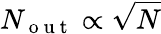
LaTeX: N_{\mathrm{~o~u~t~}}\propto\sqrt{N}